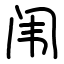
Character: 闱